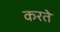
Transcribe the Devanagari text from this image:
करतेे